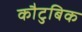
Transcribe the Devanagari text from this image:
कौटुबिक